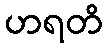
ဟရတိ